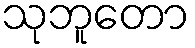
သုဘူတော